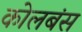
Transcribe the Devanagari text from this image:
कोलबंस